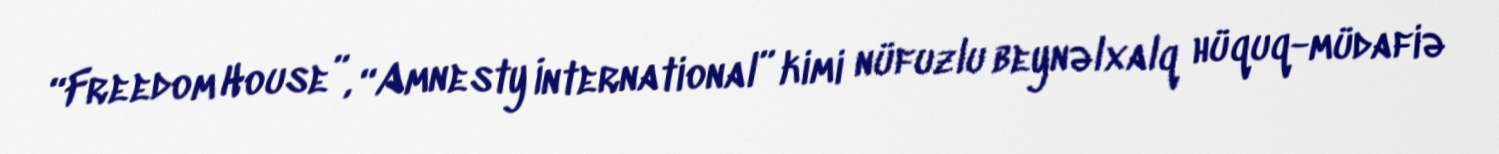
“Freedom House”, “Amnesty İnternational” kimi nüfuzlu beynəlxalq hüquq-müdafiə